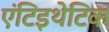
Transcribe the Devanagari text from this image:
एंटिइथेटिक